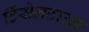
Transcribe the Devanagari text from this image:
टिंसेलटाउन